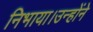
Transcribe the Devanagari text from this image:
निभाया।उन्होंने